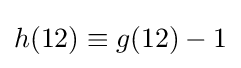
h(12)\equiv g(12)-1